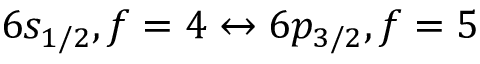
6 s _ { 1 / 2 } , f = 4 \leftrightarrow 6 p _ { 3 / 2 } , f = 5